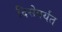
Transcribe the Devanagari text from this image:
दिसेपर्यंत